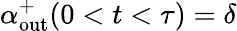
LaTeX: \alpha_{\mathrm{out}}^{+}(0<t<\tau)=\delta